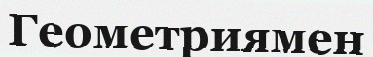
Геометриямен